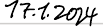
17.1.2024